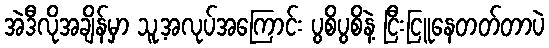
အဲဒီလိုအချိန်မှာ သူ့အလုပ်အကြောင်း ပွစိပွစိနဲ့ ငြီးငြူနေတတ်တာပဲ